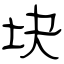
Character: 块